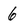
Character: 6